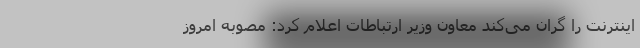
اینترنت را گران می‌کند معاون وزیر ارتباطات اعلام کرد: مصوبه امروز